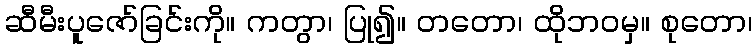
ဆီမီးပူဇော်ခြင်းကို။ ကတွာ၊ ပြု၍။ တတော၊ ထိုဘဝမှ။ စုတော၊